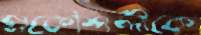
প্রকৌশলীকে